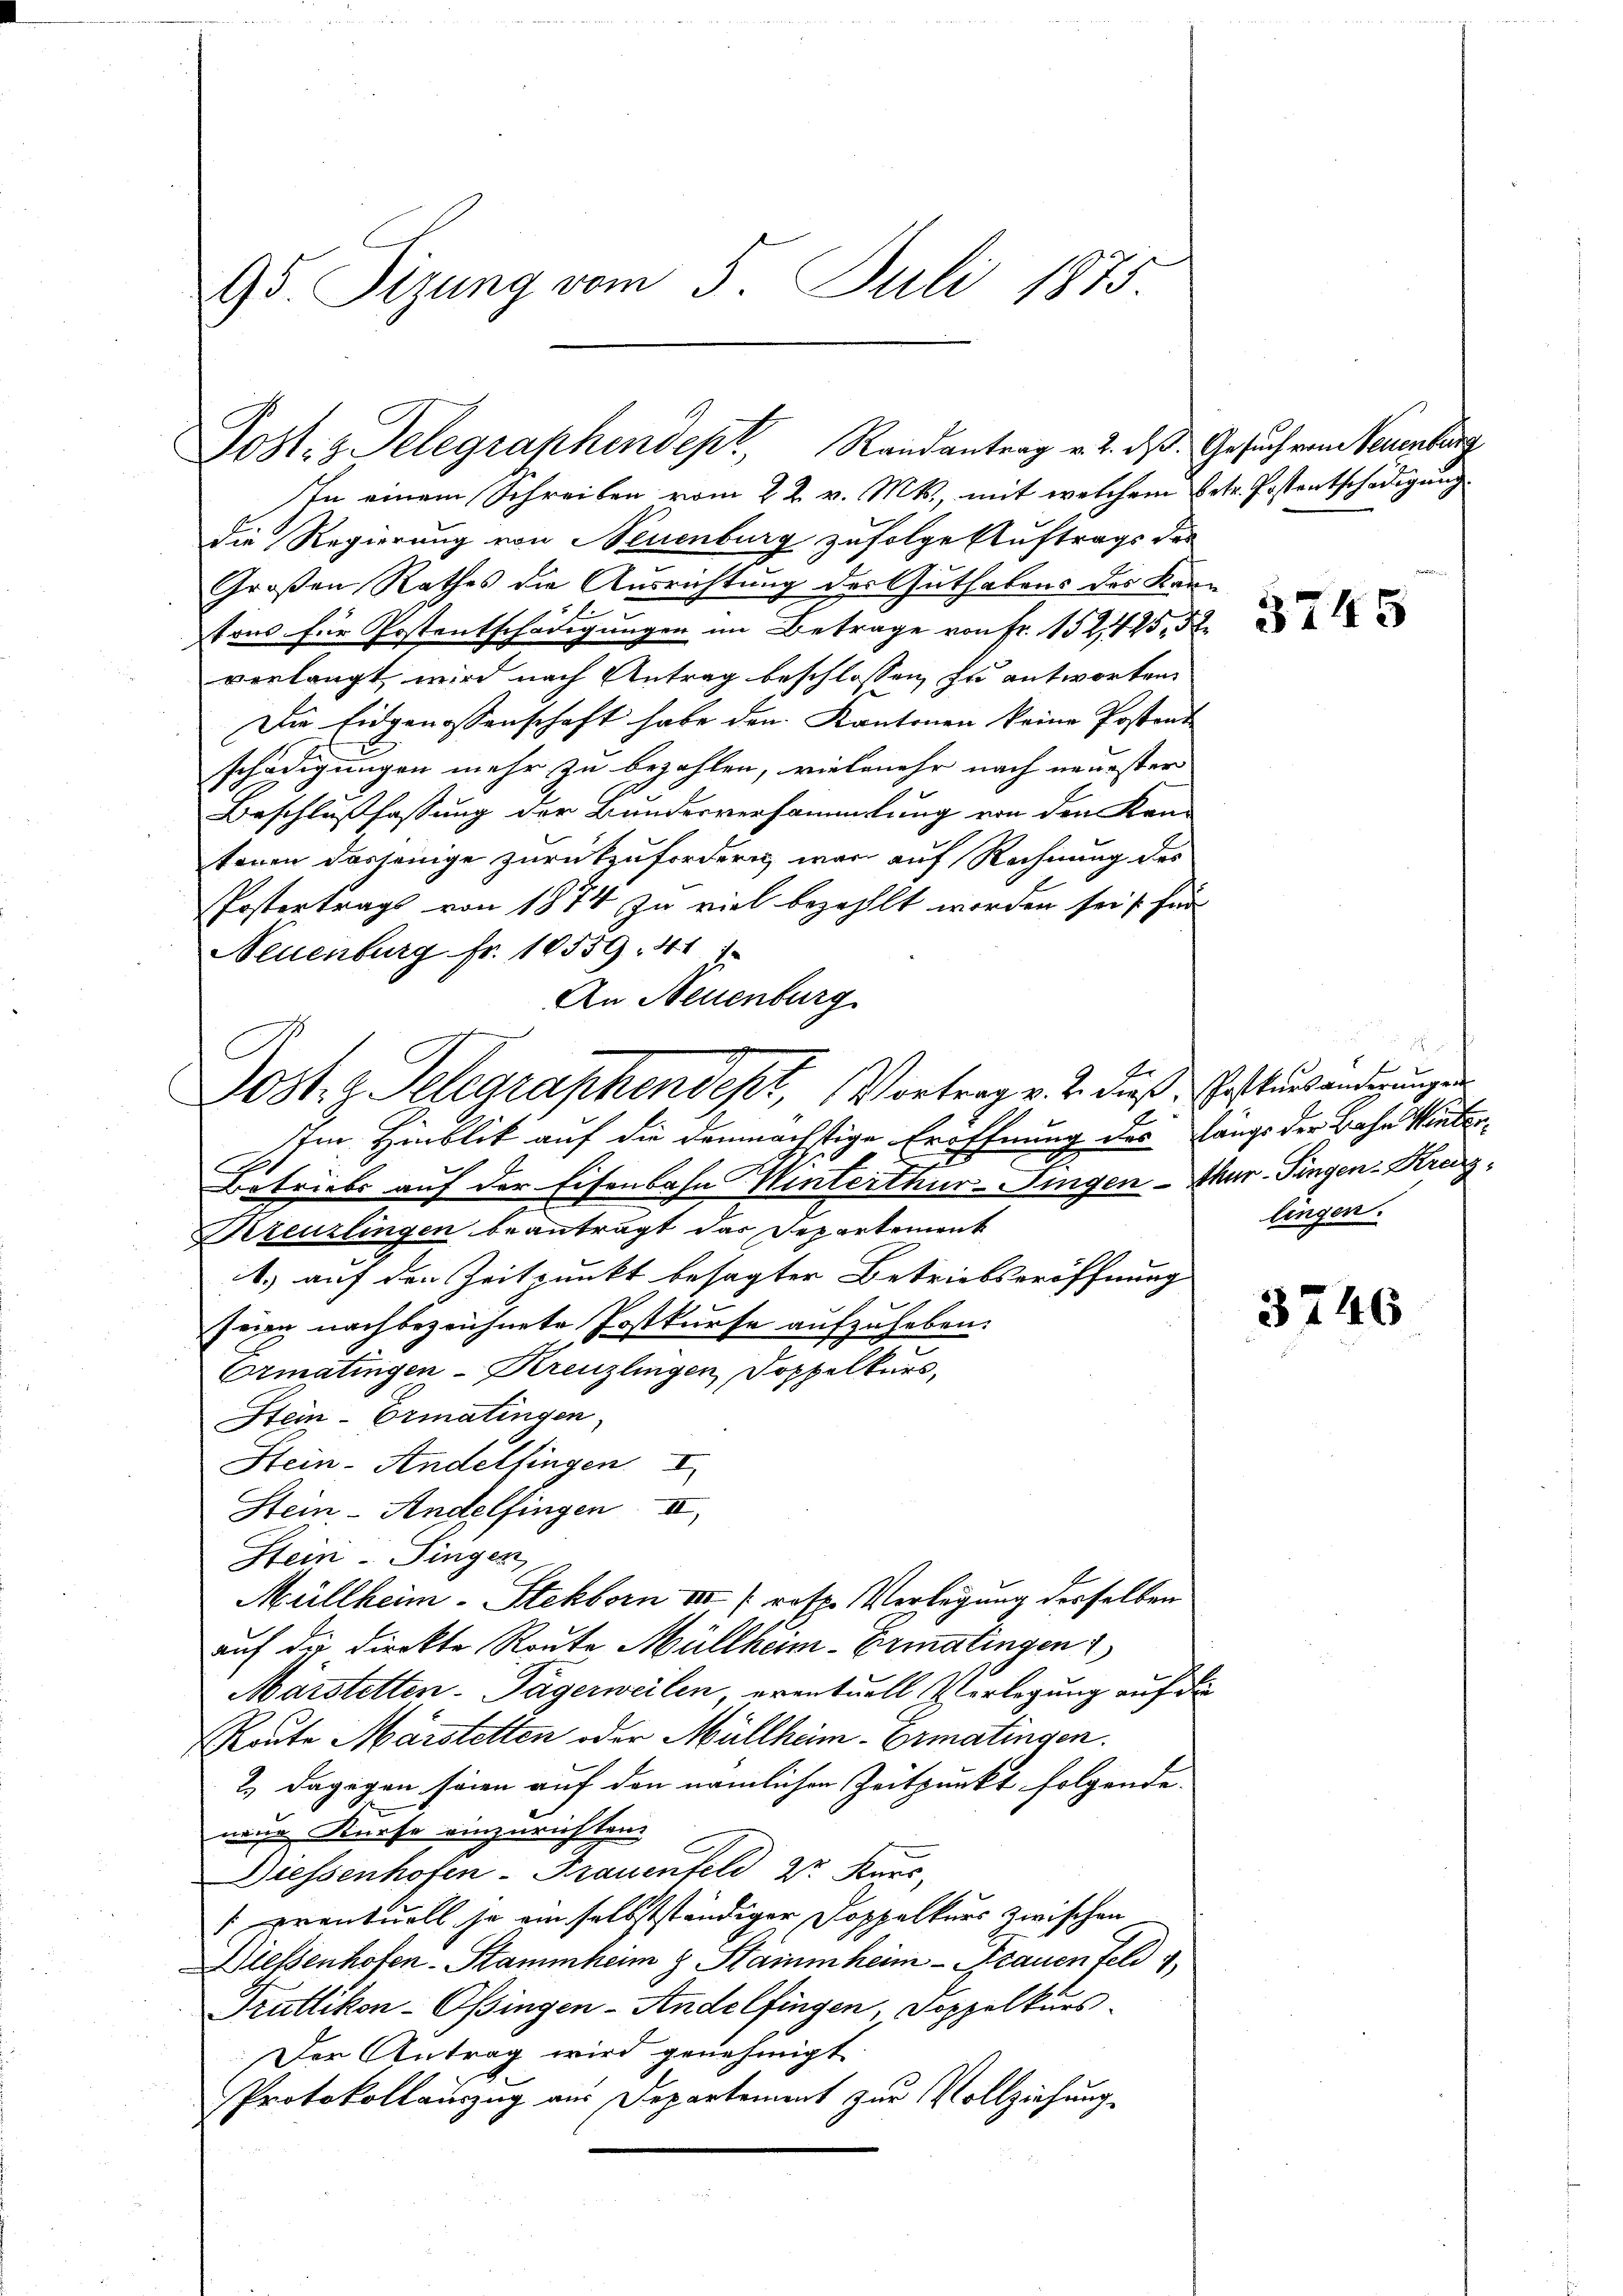
95 Sizung vom 5. Juli 1875.

Post. z. Telegraphendept, Randantrag v. 2. ds. Gesuch von Neuenburg

Dost. z. Telegraphendept, Vortrag v. 2. dieß. Erstenständigungen

In einem Schreiben vom 22. v. Mts., mit welchem Betr. Postentschädigung
die Regierung von Neuenburg zufolge Auftrags des
Großen Rathes die Ausrichtung der Guthabens des Kantons für Postentschädigungen im Betrage von Fr. 152. 425, 5
verlangt wird nach Antrag beschlossen, zu antworten
Die Eidgenossenschaft habe den Kantonen keine Postent
schädigungen mehr zu bezahlen, vielmehr nach neuester
Beschlußfassung der Bundesversammlung von den Kon-
tonen dasjenige zurückzufordern war auf Rechnung des
PPostertrags von 1874 zu viel bezahlt worden sei s. für
Neuenburg fr. 10559. 41 1
An Neuenburg
Im Hinblik auf die demnächstige Eröffnung des Längs der Bahn Winte
E
Betriebe auf der Eisenbahn Winterthur-Fingen - Thur-Fingen-Krug¬
Fereuzlingen beanträgt das Departement
1.) auf den Zeitpunkt besagter Betriebseröffnung
seien nachbezeichnete Postkurse aufzuheben.
Ermatingen-Kreuzlingen Doppelkurs,
Stein-Ermatingen,
Hein-Andelfingen I
Stein-Andelfingen II
Stein - Singen
Müllheim. Stekborn III (resp. Verlegung derselben
auf die Direkte Route Müllheim - Ermatingen
Märstetten- Tägerweilen, eventuell Verlegung auf die
Raute Märstetten oder Müllheim Ermatingen.
2.) Dagegen seien auf den nämlichen Zeitpunkt folgende.
nene Kurse einzurichten.
Diessenhofen - Frauenfeld 3r Kurs,
 ventuell so ein selbstständiger Doppelkurs zwischen
Dießenhofen-Stammheim & Stammheim - Frauen Feld
Truttikon - Ossingen-Andelfingen, Doppelkurs-
Der Antrag wird genehmigt
Protokollauszug aus Departement zur Vollziehung.

1

3745

de
E
lingen.

3746